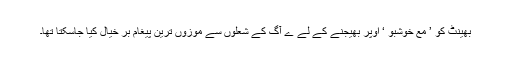
بھینٹ کو ’ مع خوشبو ‘ اوپر بھیجنے کے لے ے آگ کے شعلوں سے موزوں ترین پیغام بر خیال کیا جاسکتا تھا۔